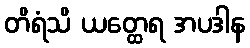
တိရံသိ ယတ္ထေရ အပဒါန